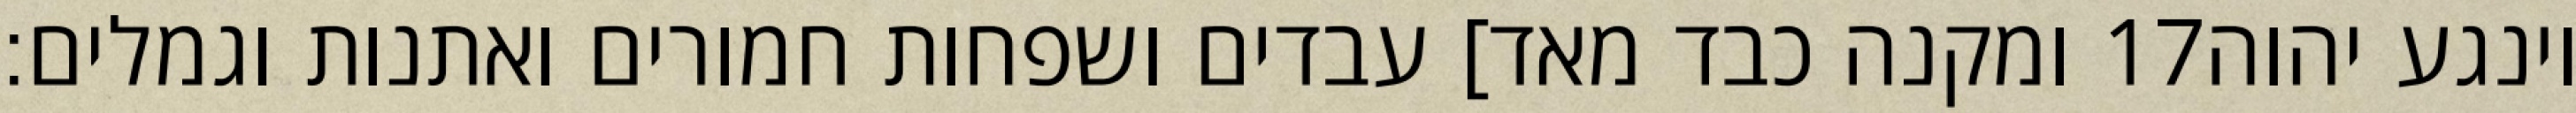
ומקנה כבד מאד] עבדים ושפחות חמורים ואתנות וגמלים׃ ‎17‏ וינגע יהוה